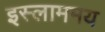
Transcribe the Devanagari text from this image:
इस्लाममय